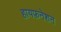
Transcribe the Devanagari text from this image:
हायफ़नेशन